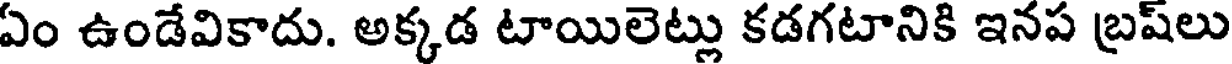
ఏం ఉండేవికాదు. అక్కడ టాయిలెట్లు కడగటానికి ఇనప బ్రష్లు